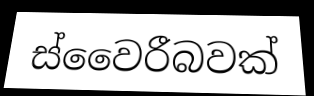
ස්වෛරීබවක්